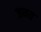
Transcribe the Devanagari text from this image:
जनत